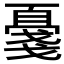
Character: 𪭔